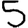
Digit: 5